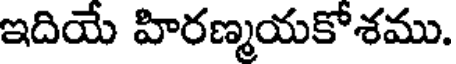
ఇదియే హిరణ్మయకోశము.